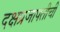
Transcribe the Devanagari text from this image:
दक्षप्रजापतीची